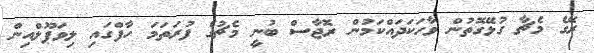
ރޭގެ މެޗާ ގުޅޭގޮތުން ވާހަކަދައްކަމުން ރޮޖާސް ބުނީ މެޗުގެ ފުރަތަމަ ހާފްގައި ލިވަޕޫލްއިން